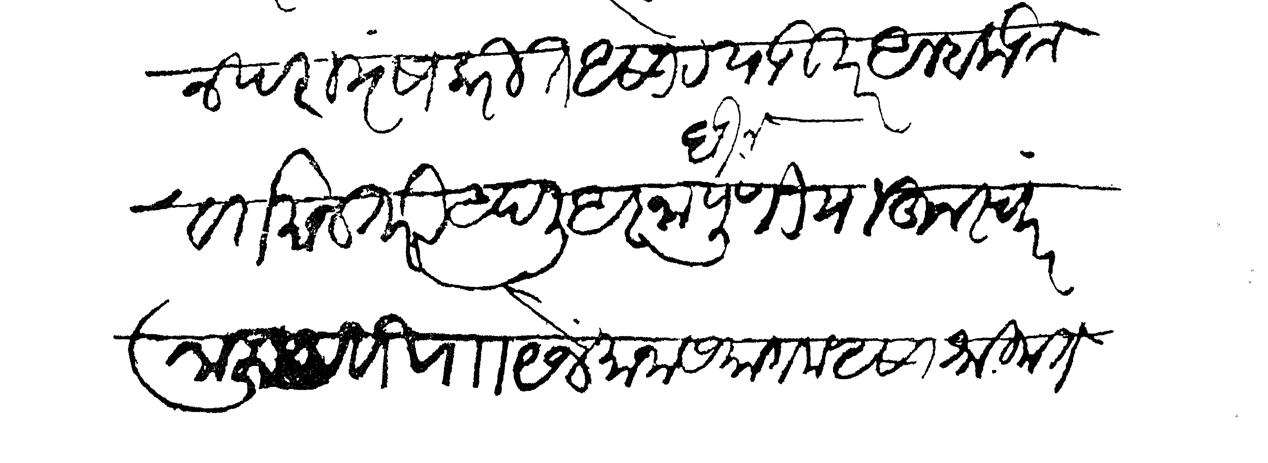
Transliteration (Devanagari): परामृष करीत असावें याउपर आम्हाकडील वर्तमान तरी आपली आज्ञा घेऊन पुणियाहून स्वार जालियावरी राा येजमानासमागम असा श्रीमंत